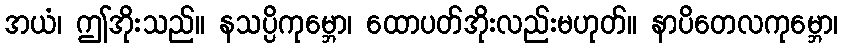
အယံ၊ ဤအိုးသည်။ နသပ္ပိကုမ္ဘော၊ ထောပတ်အိုးလည်းမဟုတ်။ နာပိတေလကုမ္ဘော၊